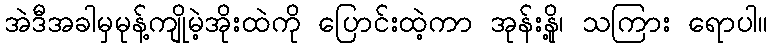
အဲဒီအခါမှမုန့်ကျိုမဲ့အိုးထဲကို ပြောင်းထဲ့ကာ အုန်းနို့၊ သကြား ရောပါ။